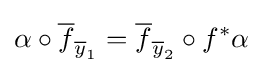
\alpha \circ {\overline {f}}_{{\overline {y}}_{1}}={\overline {f}}_{{\overline {y}}_{2}}\circ f^{*}\alpha